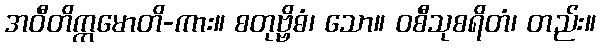
အဝီတိက္ကမောတိ-ကား။ စတုဗ္ဗိဓံ၊ သော။ ဝစီသုစရိတံ၊ တည်း။